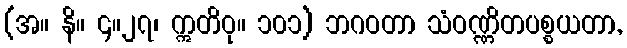
(အ။ နိ။ ၄။၂၇၊ ဣတိဝု။ ၁၀၁) ဘဂဝတာ သံဝဏ္ဏိတပစ္စယတာ,